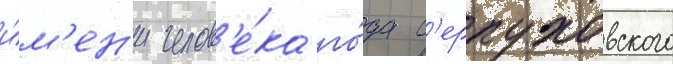
и́м'ен'и челов'е́ка го́да с'ерпуховского